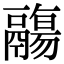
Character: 鬺